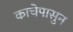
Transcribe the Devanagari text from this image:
काचेपासुन